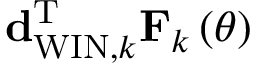
{ \bf d } _ { \mathrm { W I N } , k } ^ { \mathrm { T } } { \bf F } _ { k } \left( \theta \right)